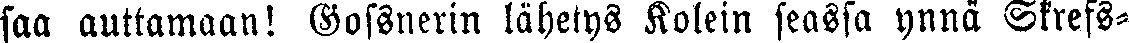
saa auttamaan! Gossnerin lähetys Kolein seassa ynnä Skrefs-